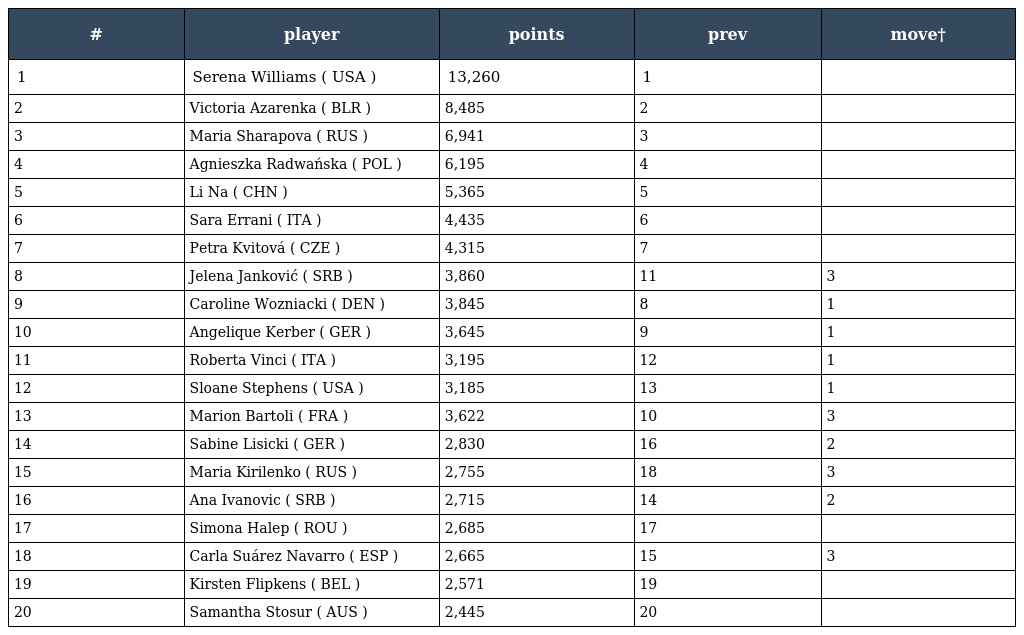
| # | player | points | prev | move† |
 | --- | --- | --- | --- | --- |
 | 1 | Serena Williams ( USA ) | 13,260 | 1 |  |
 | 2 | Victoria Azarenka ( BLR ) | 8,485 | 2 |  |
 | 3 | Maria Sharapova ( RUS ) | 6,941 | 3 |  |
 | 4 | Agnieszka Radwańska ( POL ) | 6,195 | 4 |  |
 | 5 | Li Na ( CHN ) | 5,365 | 5 |  |
 | 6 | Sara Errani ( ITA ) | 4,435 | 6 |  |
 | 7 | Petra Kvitová ( CZE ) | 4,315 | 7 |  |
 | 8 | Jelena Janković ( SRB ) | 3,860 | 11 | 3 |
 | 9 | Caroline Wozniacki ( DEN ) | 3,845 | 8 | 1 |
 | 10 | Angelique Kerber ( GER ) | 3,645 | 9 | 1 |
 | 11 | Roberta Vinci ( ITA ) | 3,195 | 12 | 1 |
 | 12 | Sloane Stephens ( USA ) | 3,185 | 13 | 1 |
 | 13 | Marion Bartoli ( FRA ) | 3,622 | 10 | 3 |
 | 14 | Sabine Lisicki ( GER ) | 2,830 | 16 | 2 |
 | 15 | Maria Kirilenko ( RUS ) | 2,755 | 18 | 3 |
 | 16 | Ana Ivanovic ( SRB ) | 2,715 | 14 | 2 |
 | 17 | Simona Halep ( ROU ) | 2,685 | 17 |  |
 | 18 | Carla Suárez Navarro ( ESP ) | 2,665 | 15 | 3 |
 | 19 | Kirsten Flipkens ( BEL ) | 2,571 | 19 |  |
 | 20 | Samantha Stosur ( AUS ) | 2,445 | 20 |  |